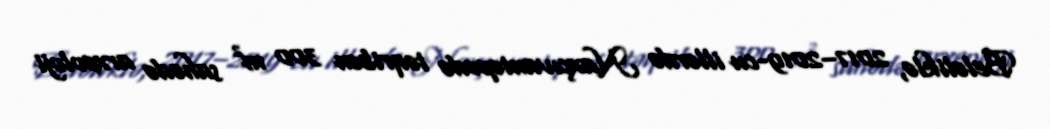
Beləliklə, 2017–2019-cu illərdə Naxçıvantəpədə təqribən 300 m² sahədə arxeoloji